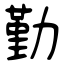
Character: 勤